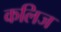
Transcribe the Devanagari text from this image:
कलिज